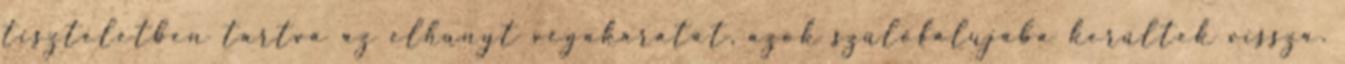
tiszteletben tartva az elhunyt végakaratát, azok szülőfalujába kerültek vissza.